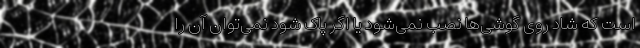
است که شاد روی گوشی‌ها نصب نمی‌شود یا اگر پاک شود نمی‌توان آن را